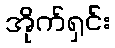
အိုက်ရှင်း